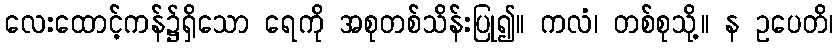
လေးထောင့်ကန်၌ရှိသော ရေကို အစုတစ်သိန်းပြု၍။ ကလံ၊ တစ်စုသို့။ န ဥပေတိ၊